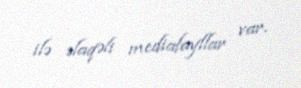
ilə əlaqəli mediafayllar var.